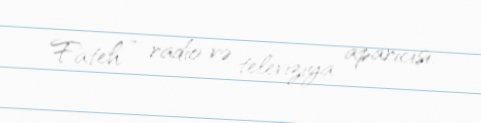
Fateh – radio və televiziya aparıcısı.